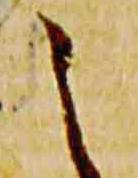
之